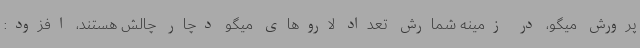
پرورش میگو، در زمینه شمارش تعداد لاروهای میگو دچار چالش هستند، افزود: